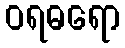
ဝရဓရော